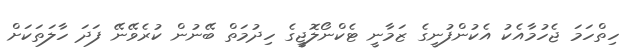
ހިތްހަމަ ޖެހުމާއެކު އެކުންފުނީގެ ޒަމާނީ ޓެކްނޯލޮޖީގެ ހިދުމަތް ބޭނުން ކުރެވޭނޭ ފަދަ ހާލަތަކަށް